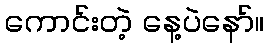
ကောင်းတဲ့ နေ့ပဲနော်။